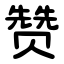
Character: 赞